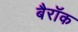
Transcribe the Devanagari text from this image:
बैरॉक